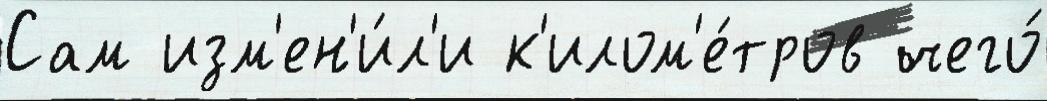
Сам изм'ен'и́л'и к'илом'е́тров чего́